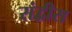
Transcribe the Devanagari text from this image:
संद्वीस